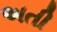
અતી